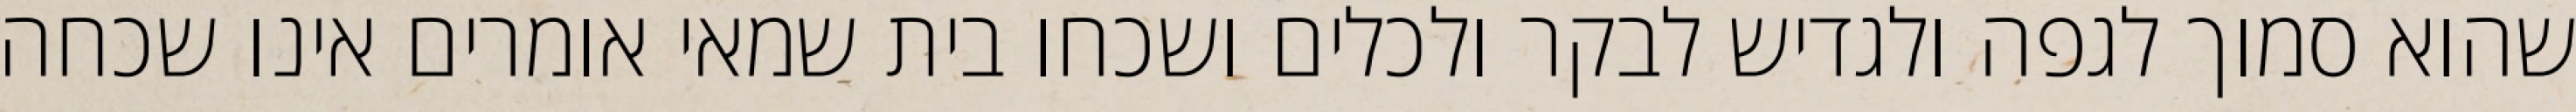
שהוא סמוך לגפה ולגדיש לבקר ולכלים ושכחו בית שמאי אומרים אינו שכחה